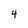
Character: 4